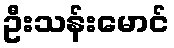
ဦးသန်းမောင်